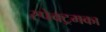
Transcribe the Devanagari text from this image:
स्पेक्ट्रमका